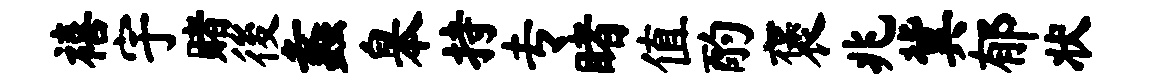
禧宇赌後蠡皋持专睹值酌褒兆冀郁状